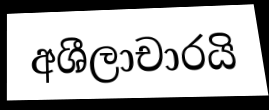
අශීලාචාරයි